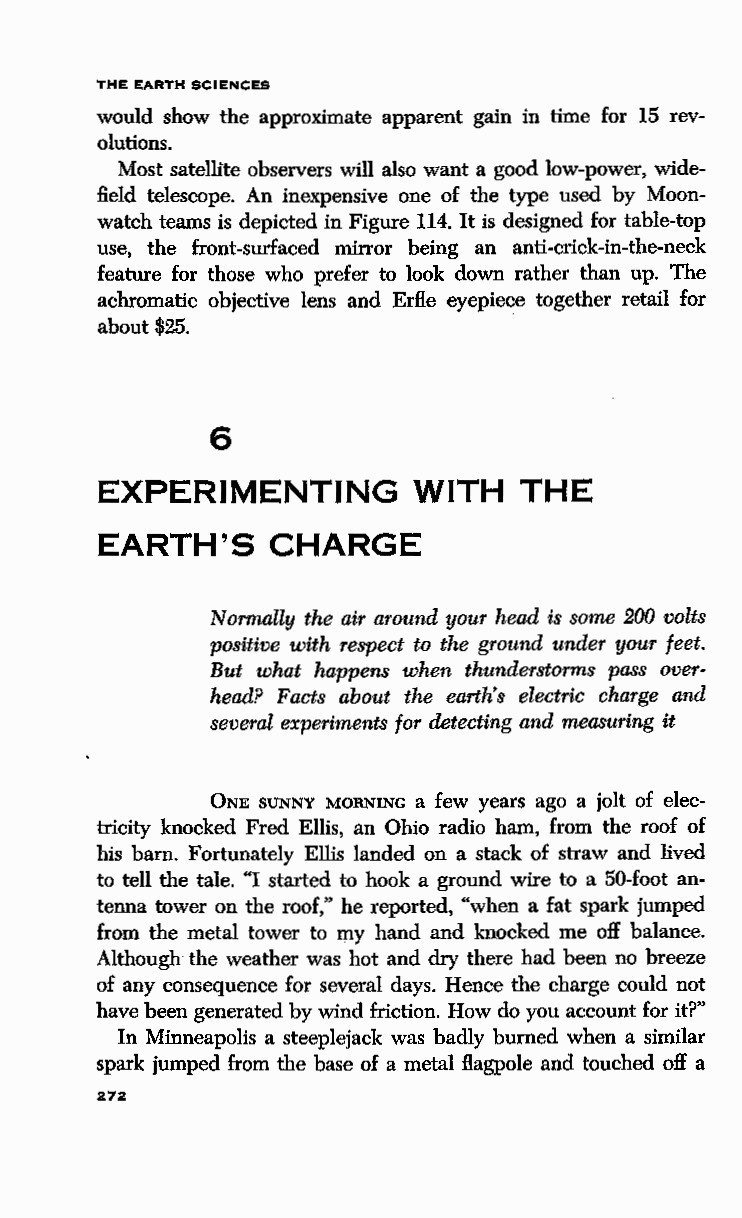
THE EARTH SCIENCES
 would show the approximate apparent gain in time for 15 rev
 olutions.
 Most satellite observers will also want a good low-power, wide
 field telescope. An inexpensive one of the type used by Moon
 watch teams is depicted in Figure 114. It is designed for table-top
 use, the front-surfaced mirror being an anti-crick-in-the-neck
 feature for those who prefer to look down rather than up. The
 achromatic objective lens and Erfl.e eyepiece together retail for
 about $25.
 6
 EXPERIMENTING        WITH   THE
 EARTH'S     CHARGE
 Normally the air around your head is some 200 volts
 positive with respect to the ground under your feet.
 But what happens when thunderstorms pass over
 head? Facts about the earth's electric charge and
 several experiments for detecting and measuring it
 ONE SUNNY MORNING a few years ago a jolt of elec
 tricity knocked Fred Ellis, an Ohio radio ham, from the roof of
 his barn. Fortunately Ellis landed on a stack of straw and lived
 to tell the tale. "I started to hook a ground wire to a 50-foot an
 tenna tower on the roof," he reported, "when a fat spark jumped
 from the metal tower to my hand and knocked me off balance.
 Although the weather was hot and dry there had been no breeze
 of any consequence for several days. Hence the charge could not
 have been generated by wind friction. How do you account for it?"
 In Minneapolis a steeplejack was badly burned when a similar
 spark jumped from the base of a metal flagpole and touched off a
 272